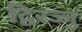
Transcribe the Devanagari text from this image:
द्विरज्जु